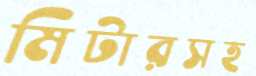
মিটারসহ